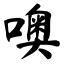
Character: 噢